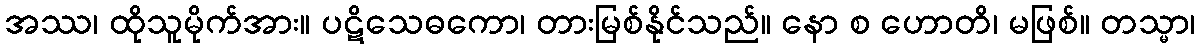
အဿ၊ ထိုသူမိုက်အား။ ပဋိသေဓကော၊ တားမြစ်နိုင်သည်။ နော စ ဟောတိ၊ မဖြစ်။ တသ္မာ၊